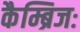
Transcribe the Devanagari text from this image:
कैम्ब्रिजः